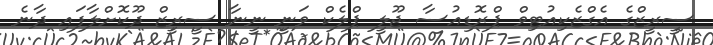
ސީރީޒްގެ އެގްޒެކިއުޓިވް ޕްރޮޑިއުސާ ޖޫލީ ޕްލެކް ވަނީ ނީނާ ސީރީޒް ދޫކޮށްލާފައި ދާނެ